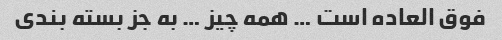
فوق العاده است … همه چیز … به جز بسته بندی